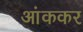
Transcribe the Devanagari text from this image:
आंककर